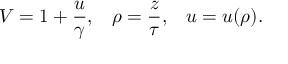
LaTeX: V = 1 + { \frac { u } { \gamma } } , \; \; \; \rho = { \frac { z } { \tau } } , \; \; \; u = u ( \rho ) .